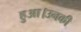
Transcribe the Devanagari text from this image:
हुआ।उनकी